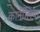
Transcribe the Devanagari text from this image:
कार्नीलिया